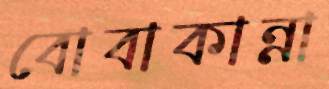
বোবাকান্না